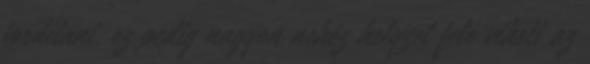
fordítani, ez pedig nagyon nehéz helyzet felé viheti az